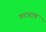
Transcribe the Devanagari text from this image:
गटाराच